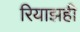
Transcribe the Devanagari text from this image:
रियाझही